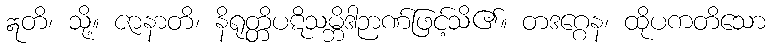
ဣတိ၊ သို့။ ဇာနာတိ၊ နိရုတ္တိပဋိသမ္ဘိဒါဉာဏ်ဖြင့်သိ၏။ တဒဂ္ဂေန၊ ထိုပကတိသော